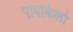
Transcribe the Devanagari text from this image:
पावकिलो